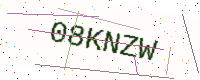
Text: 08KNZW